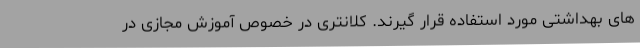
های بهداشتی مورد استفاده قرار گیرند. کلانتری در خصوص آموزش مجازی در